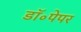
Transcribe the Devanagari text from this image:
डॉ॰पेपर